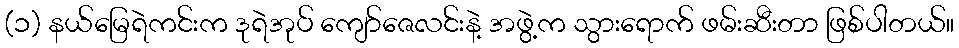
(၁) နယ်မြေရဲကင်းက ဒုရဲအုပ် ကျော်ဇေလင်းနဲ့ အဖွဲ့က သွားရောက် ဖမ်းဆီးတာ ဖြစ်ပါတယ်။